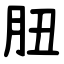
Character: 䏔